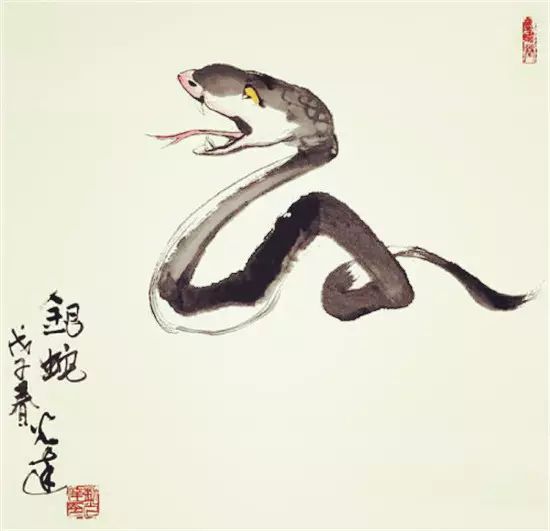
远去不逢青海马，力穷难拔蜀山蛇。